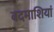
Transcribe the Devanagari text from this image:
बदमाशियां